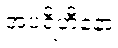
အပရိဟီနော